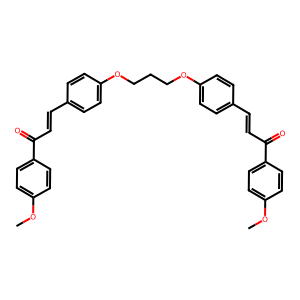
SMILES: COc1ccc(C(=O)C=Cc2ccc(OCCCOc3ccc(C=CC(=O)c4ccc(OC)cc4)cc3)cc2)cc1
Inhibits HIV replication: No